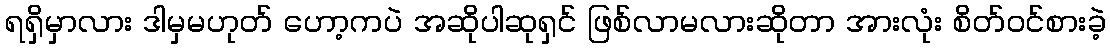
ရရှိမှာလား ဒါမှမဟုတ် ဟော့ကပဲ အဆိုပါဆုရှင် ဖြစ်လာမလားဆိုတာ အားလုံး စိတ်ဝင်စားခဲ့